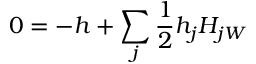
0 = - h + \sum _ { j } \frac { 1 } { 2 } h _ { j } H _ { j W }